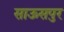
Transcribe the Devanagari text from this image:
साऊसपुर